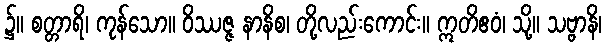
၌။ စတ္တာရိ၊ ကုန်သော။ ဝိဿဇ္ဇ နာနိစ၊ တို့လည်းကောင်း။ ဣတိဧဝံ၊ သို့။ သဗ္ဗာနိ၊